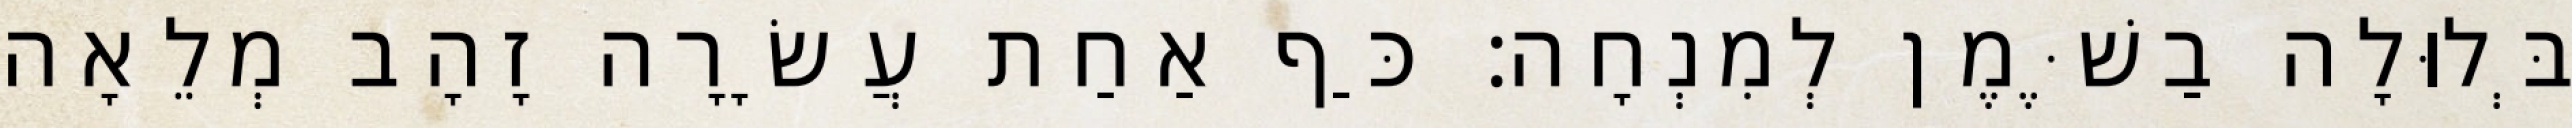
בְּלוּלָה בַשֶּׁמֶן לְמִנְחָה׃ כַּף אַחַת עֲשָׂרָה זָהָב מְלֵאָה